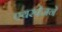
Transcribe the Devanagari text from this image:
एयरवेजने